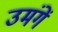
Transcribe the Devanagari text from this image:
उमंगें